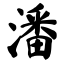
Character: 潘